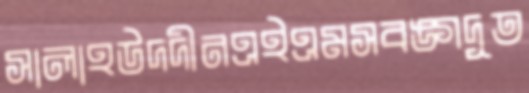
সালাহউদদীনএইএমসবঙ্গদূত